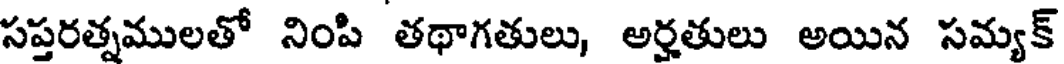
సప్తరత్నములతో నింపి తథాగతులు, అర్హతులు అయిన సమ్యక్